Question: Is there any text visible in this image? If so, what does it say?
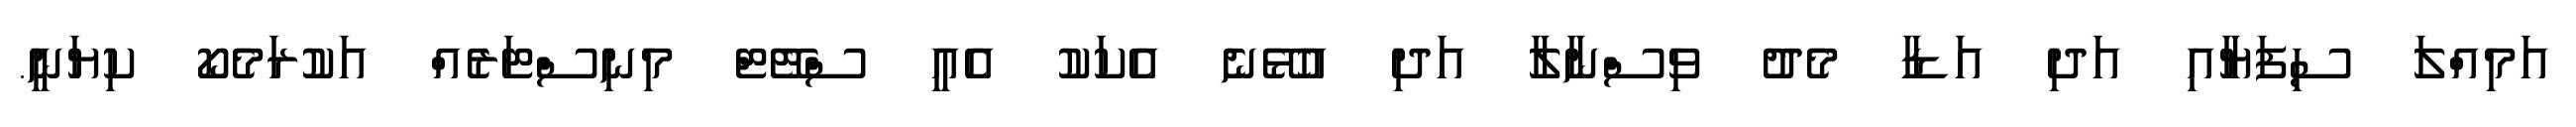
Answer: އަމިއްލަ ސިފަޔާއި އަދި އަޑާ މެދު ވިސްނާލާ އަދި އުޅޭނެ އެކަކު އެއީ ސްޓޭޓް މިނިސްޓަރެއް އަކުރަމެކޯ ކިޔަނީ.